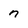
Character: n